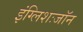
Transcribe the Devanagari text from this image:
इंग्लिशःजॉन